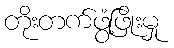
တိုးတက်ဖွံ့ဖြိုးမှု